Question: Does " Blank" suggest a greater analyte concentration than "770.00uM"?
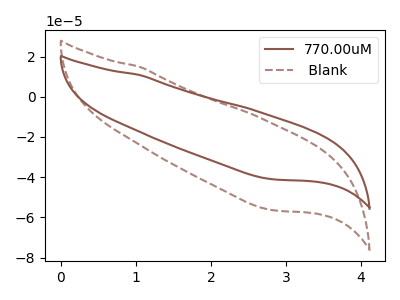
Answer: <think>The brown curve "770.00uM" has no peaks. The brown dashed curve " Blank" has no peaks.
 Neither " Blank" or "770.00uM" have any peaks.</think>
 <answer>I cant tell if " Blank" or "770.00uM" has more signal.</answer>
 <eval>mixed_signal</eval>